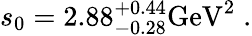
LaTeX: s_{0}=2.88_{-0.28}^{+0.44}\mathrm{GeV}^{2}\; .